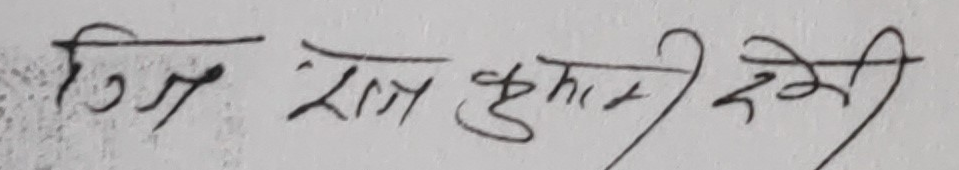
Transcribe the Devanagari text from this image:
गिंज राज कुमारी देवी